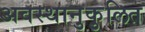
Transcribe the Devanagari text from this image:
अवस्थानुकुलित